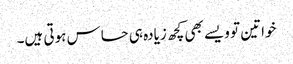
خواتین تو ویسے بھی کچھ زیادہ ہی حساس ہوتی ہیں۔